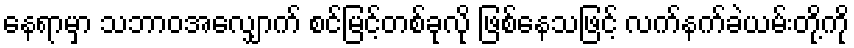
နေရာမှာ သဘာဝအလျှောက် စင်မြင့်တစ်ခုလို ဖြစ်နေသဖြင့် လက်နက်ခဲယမ်းတို့ကို